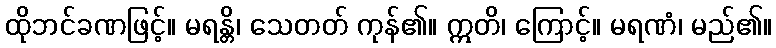
ထိုဘင်ခဏဖြင့်။ မရန္တိ၊ သေတတ် ကုန်၏။ ဣတိ၊ ကြောင့်။ မရဏံ၊ မည်၏။